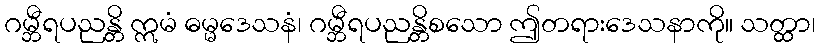
ဂမ္ဘီရပညန္တိ ဣမံ ဓမ္မဒေသနံ၊ ဂမ္ဘီရပညန္တိစသော ဤတရားဒေသနာကို။ သတ္ထာ၊